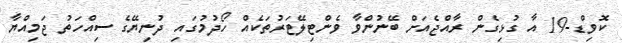
ކޮވިޑް-19 އާ ގުޅިގެން ރާއްޖެއަށް ބޭނުންވާ ވެންޓިލޭޓަރުތަކެއް ހޯދުމުގައި ދުނިޔޭގެ ސިއްހަތު ޖަމިއްޔާ